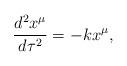
LaTeX: \begin{align*}\frac{d^{2}x^{\mu}}{d\tau^{2}}=-kx^{\mu} ,\end{align*}